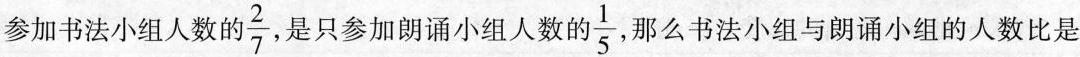
参加书法小组人数的 \frac{2}{7} ，是只参加朗诵小组人数的 \frac{1}{5}，那么书法小组与朗诵小组的人数比是